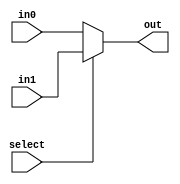
module mux2to1_8bit(out, in0, in1, select);
  output [7:0] out;
  input [7:0] in0;
  input [7:0] in1;
  input select;

  assign out = select ? in1 : in0;


endmodule